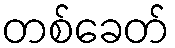
တစ်ခေတ်